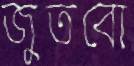
জুতবো